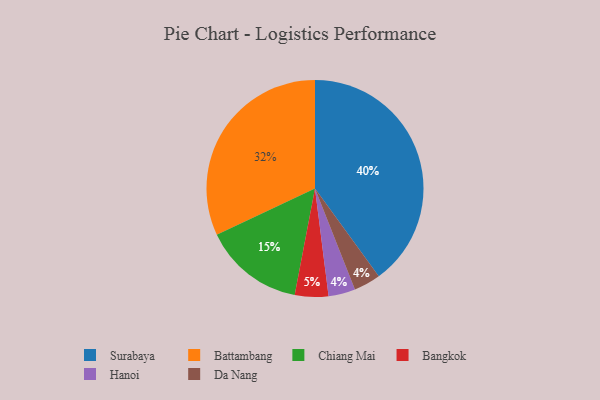
{"axis": {"x": "Category", "y": "Percentage"}, "legend": ["Bangkok", "Battambang", "Chiang Mai", "Da Nang", "Hanoi", "Surabaya"], "data": [{"x": "Hanoi", "y": 4, "type": "Hanoi"}, {"x": "Surabaya", "y": 40, "type": "Surabaya"}, {"x": "Da Nang", "y": 4, "type": "Da Nang"}, {"x": "Battambang", "y": 32, "type": "Battambang"}, {"x": "Bangkok", "y": 5, "type": "Bangkok"}, {"x": "Chiang Mai", "y": 15, "type": "Chiang Mai"}]}